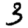
Digit: 3